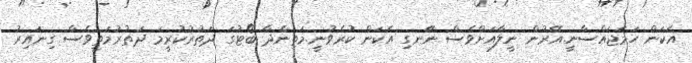
އެކަން ހަމަޖައްސާނީ.އޭރުން ނީލާއަށްވެސް ނޭނގި އެކަން ކުރެވުނީ.މަތިންދާ ބޯޓުގަ ދަތުރުކުރީމަ ދަތުރުމަތީވެސް ގިނައިރު